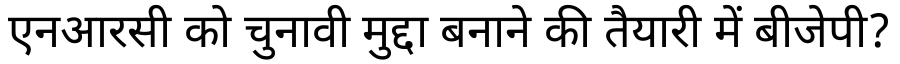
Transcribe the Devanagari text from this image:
एनआरसी को चुनावी मुद्दा बनाने की तैयारी में बीजेपी?